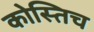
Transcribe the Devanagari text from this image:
कोस्तिच